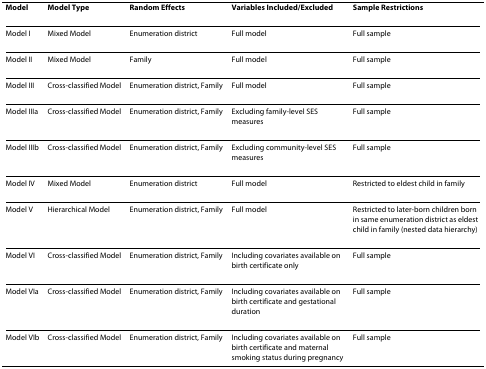
<table><thead><tr><td><b>Model</b></td><td><b>Model Type</b></td><td><b>Random Effects</b></td><td><b>Variables Included/Excluded</b></td><td><b>Sample Restrictions</b></td></tr></thead><tbody><tr><td>Model I</td><td>Mixed Model</td><td>Enumeration district</td><td>Full model</td><td>Full sample</td></tr><tr><td>Model II</td><td>Mixed Model</td><td>Family</td><td>Full model</td><td>Full sample</td></tr><tr><td>Model III</td><td>Cross-classified Model</td><td>Enumeration district, Family</td><td>Full model</td><td>Full sample</td></tr><tr><td>Model IIIa</td><td>Cross-classified Model</td><td>Enumeration district, Family</td><td>Excluding family-level SES measures</td><td>Full sample</td></tr><tr><td>Model IIIb</td><td>Cross-classified Model</td><td>Enumeration district, Family</td><td>Excluding community-level SES measures</td><td>Full sample</td></tr><tr><td>Model IV</td><td>Mixed Model</td><td>Enumeration district</td><td>Full model</td><td>Restricted to eldest child in family</td></tr><tr><td>Model V</td><td>Hierarchical Model</td><td>Enumeration district, Family</td><td>Full model</td><td>Restricted to later-born children born in same enumeration district as eldest child in family (nested data hierarchy)</td></tr><tr><td>Model VI</td><td>Cross-classified Model</td><td>Enumeration district, Family</td><td>Including covariates available on birth certificate only</td><td>Full sample</td></tr><tr><td>Model VIa</td><td>Cross-classified Model</td><td>Enumeration district, Family</td><td>Including covariates available on birth certificate and gestational duration</td><td>Full sample</td></tr><tr><td>Model VIb</td><td>Cross-classified Model</td><td>Enumeration district, Family</td><td>Including covariates available on birth certificate and maternal smoking status during pregnancy</td><td>Full sample</td></tr></tbody></table>